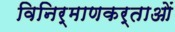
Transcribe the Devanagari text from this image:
विनिर्माणकर्ताओं